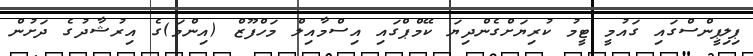
ޕިލިޕީންސްގައި ގައުމީ ޓީމު ކުރިޔަށްގެންދިޔަ ކޭމްޕްގައި އިސްމާއިލް މަހްފޫޒް (އިންމަ)ގެ އިރުޝާދުގެ ދަށުން